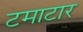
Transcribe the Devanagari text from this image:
टमाटार